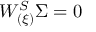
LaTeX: { \cal W _ { ( \xi ) } ^ { S } } \Sigma = 0